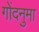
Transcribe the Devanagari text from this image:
गोंदनुमा